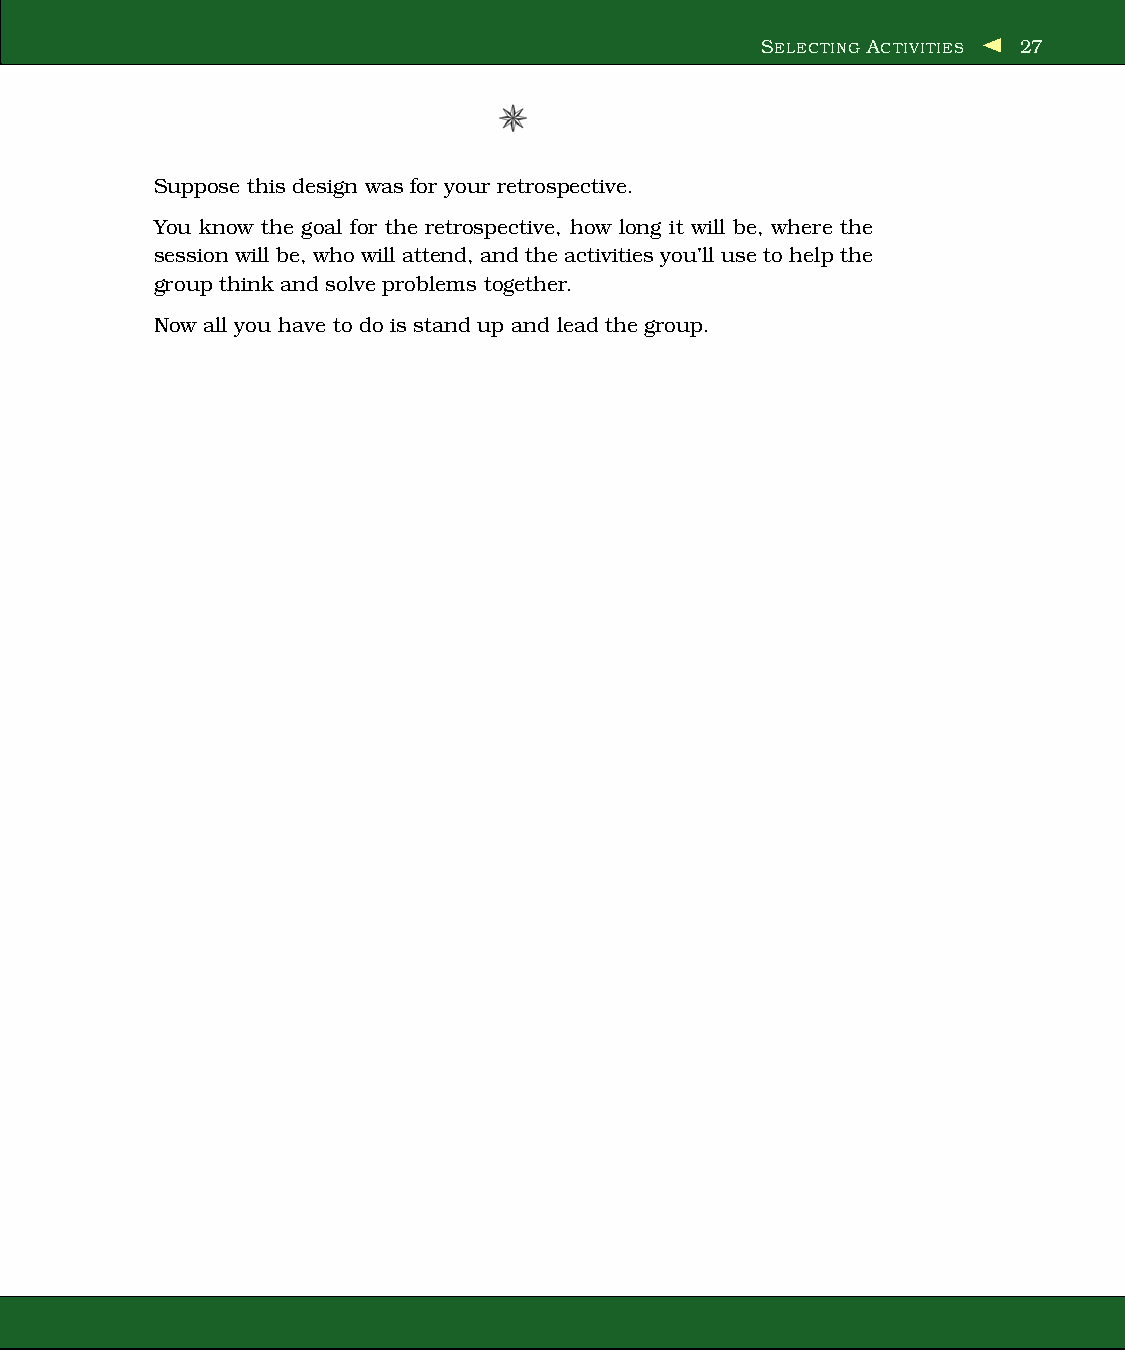
SELECTING ACTIVITIES 27
 Suppose this design was for your retrospective.
 You know the goal for the retrospective, how long it will be, where the
 session will be, who will attend, and theactivities you’ll use to help the
 group think and solve problems together.
 Now all you have to do is stand up and lead the group.